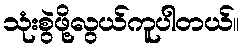
သုံးစွဲဖို့လွယ်ကူပါတယ်။